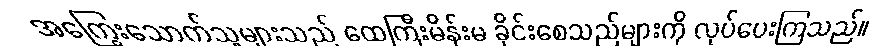
အကြွေးသောက်သူများသည် ထေကြီးမိန်းမ ခိုင်းစေသည်များကို လုပ်ပေးကြသည်။